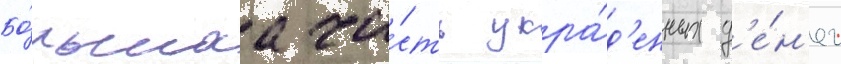
Бо́льшаа ча́сть укра́д'енных д'е́н'ег